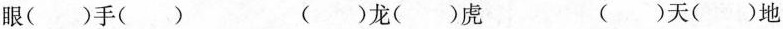
眼()手() ()龙()虎 ()天()地